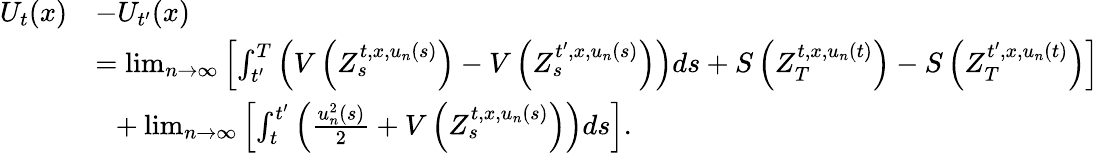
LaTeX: \begin{array}{rl}{U_{t}(x)}&{-U_{t^{\prime}}(x)}\\ &{=\operatorname*{lim}_{n\to\infty}\left[\int_{t^{\prime}}^{T}\left(V\left(Z_{s}^{t,x,u_{n}(s)}\right)-V\left(Z_{s}^{t^{\prime},x,u_{n}(s)}\right)\right)ds+S\left(Z_{T}^{t,x,u_{n}(t)}\right)-S\left(Z_{T}^{t^{\prime},x,u_{n}(t)}\right)\right]}\\ &{~~+\operatorname*{lim}_{n\to\infty}\left[\int_{t}^{t^{\prime}}\left(\frac{u_{n}^{2}(s)}{2}+V\left(Z_{s}^{t,x,u_{n}(s)}\right)\right)ds\right].}\end{array}